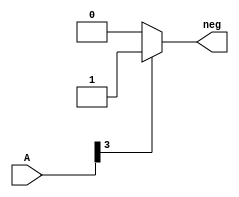
module signa(neg,A); //this module is used to get the sign of an input 4-digit number
  input [3:0] A;
  output neg;
  reg neg;
  always @ (A)
  if (A[3] == 1)
    begin
      neg =1;
    end
  else
    neg =0;
endmodule